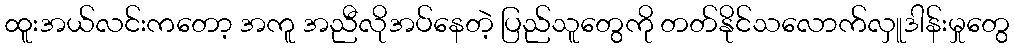
ထူးအယ်လင်းကတော့ အကူ အညီလိုအပ်နေတဲ့ ပြည်သူတွေကို တတ်နိုင်သလောက်လှူဒါန်းမှုတွေ